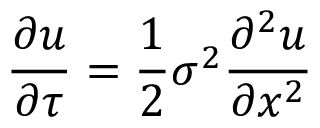
{ \frac { \partial u } { \partial \tau } } = { \frac { 1 } { 2 } } \sigma ^ { 2 } { \frac { \partial ^ { 2 } u } { \partial x ^ { 2 } } }